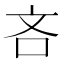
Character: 吝